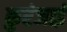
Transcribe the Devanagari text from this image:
कुरंजाई